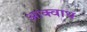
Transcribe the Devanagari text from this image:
आक्वाथ